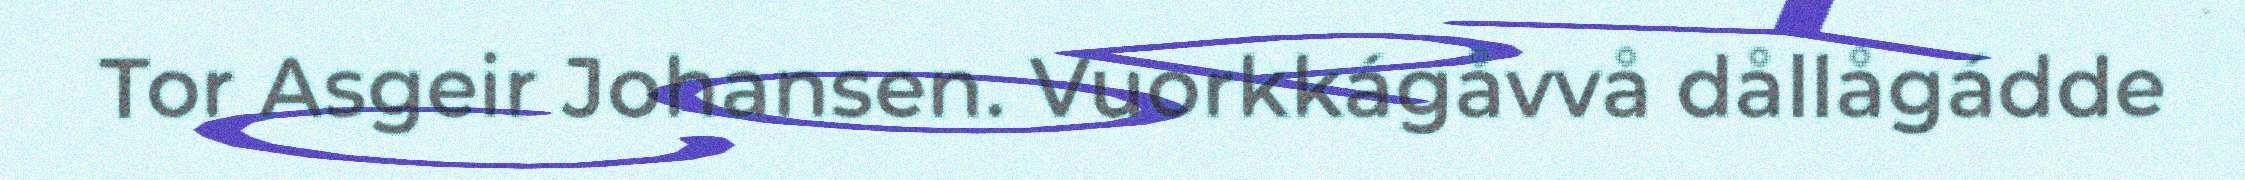
Tor Asgeir Johansen. Vuorkkágåvvå dållågádde